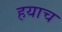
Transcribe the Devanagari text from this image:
हयाच